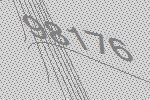
98176